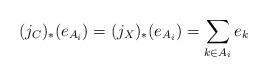
LaTeX: \begin{align*} (j_C)_*(e_{A_i}) = (j_X)_*(e_{A_i}) = \sum_{k \in A_i} e_k \end{align*}